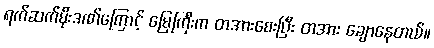
ရက်ဆက်မိုးဒဏ်ကြောင့် မြေကြီးက တအားစေးပြီး တအား ချောနေတယ်။